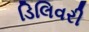
ડિલિવરી